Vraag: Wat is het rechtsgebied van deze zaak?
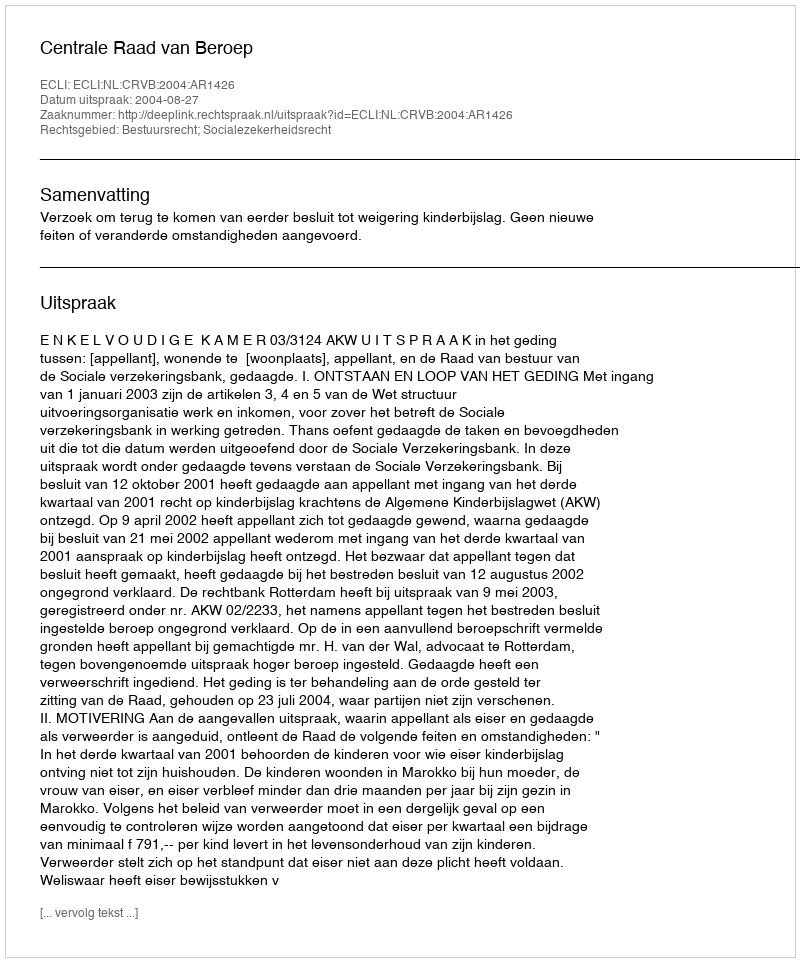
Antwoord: Bestuursrecht; Socialezekerheidsrecht